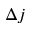
\Delta j